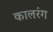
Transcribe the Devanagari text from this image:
कालरंग